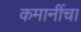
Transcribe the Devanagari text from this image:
कमानींचा